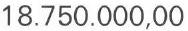
18.750.000,00